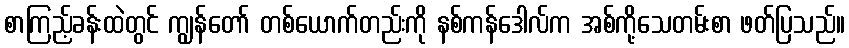
စာကြည့်ခန်းထဲတွင် ကျွန်တော် တစ်ယောက်တည်းကို နစ်ကန်ဒေါလ်က အစ်ကို့သေတမ်းစာ ဖတ်ပြသည်။